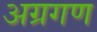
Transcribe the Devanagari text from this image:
अग्रगण